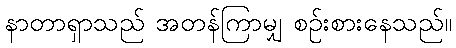
နာတာရှာသည် အတန်ကြာမျှ စဉ်းစားနေသည်။